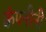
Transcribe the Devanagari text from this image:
कंपनीनी